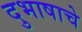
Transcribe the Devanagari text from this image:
दुभाषाचे